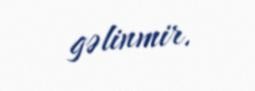
gəlinmir.